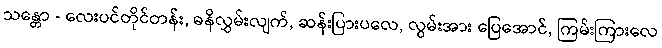
သန္တော - လေးပင်တိုင်တန်း, ဓနိလွှမ်းလျက်, ဆန်းပြားပလေ, လွမ်းအား ပြေအောင်, ကြမ်းကြားလေ